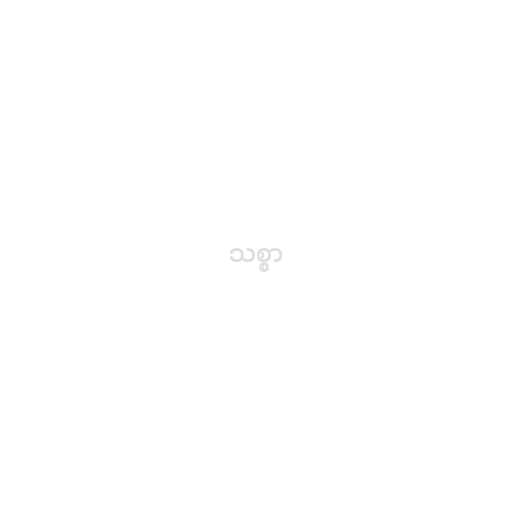
သစ္စာ